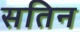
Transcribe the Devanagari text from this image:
सतिन